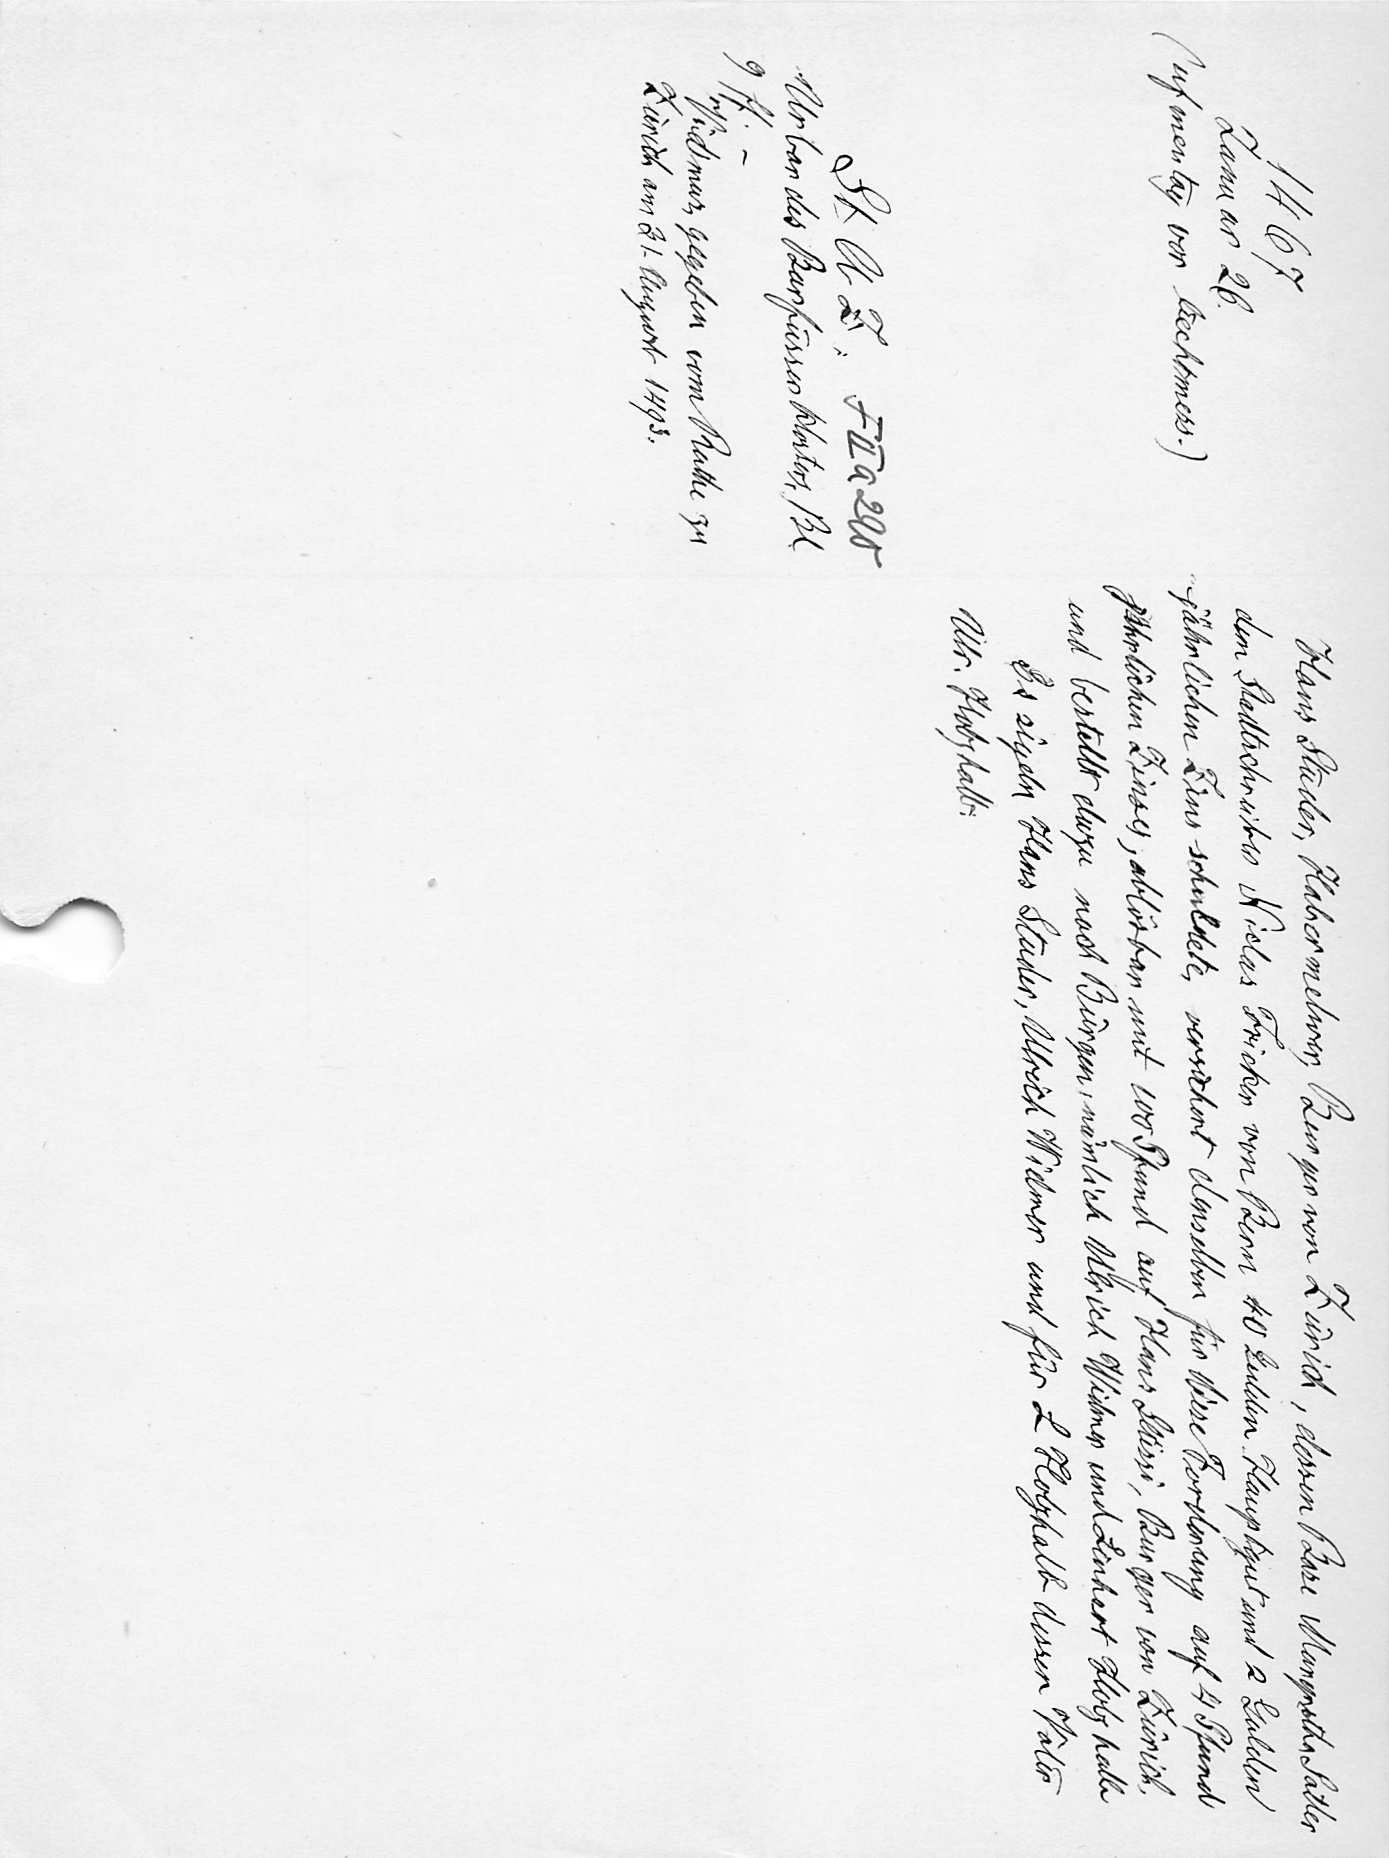
Hans Studer, Flaher mehrer, Burger von Zürich, dessen Base Margretha Satler
dem Stadtschreiber Niclas Fricker von Bern 40 Gulden Hauptgut und 2 Gulden
jährlichen Zins schuldete, versichert denselben für diese Forderung auf 4 Pfund
jährlichen Zinses, ablösbar mit 1000 Pfund auf Hans Stüssi, Burger von Zürich
und bestellt dazu noch Bürgen, nämlich Ulrich Widmer und Linhart Holzhalb
Es sigeln Hans Studer, Ulrich Widmer und für L. Holzhalb dessen VaterU
Ulr. Holzhalb

1467
Januar 26
( uf mentag vor liechtmess.)
StAZ FIIa 290
Urbar des Barfüsserklosters, Bl.
9
ff.
Vidimus, gegeben vom Rathe zu
Zürich am 31. August 1493.